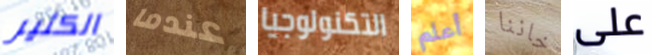
الكثير عندما التكنولوجيا أعلم خاننا على